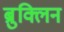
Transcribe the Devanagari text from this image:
ब्रुक्लिन